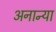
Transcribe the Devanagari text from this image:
अनान्या